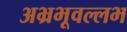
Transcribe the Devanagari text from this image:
अभ्रभूवल्लभ